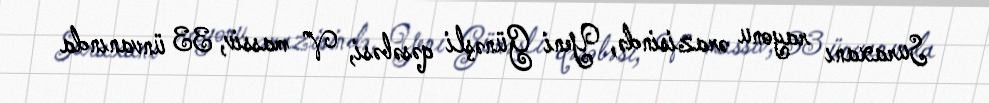
Suraxanı rayonu ərazisində, Yeni Günəşli qəsəbəsi, V massiv, 33 ünvanında